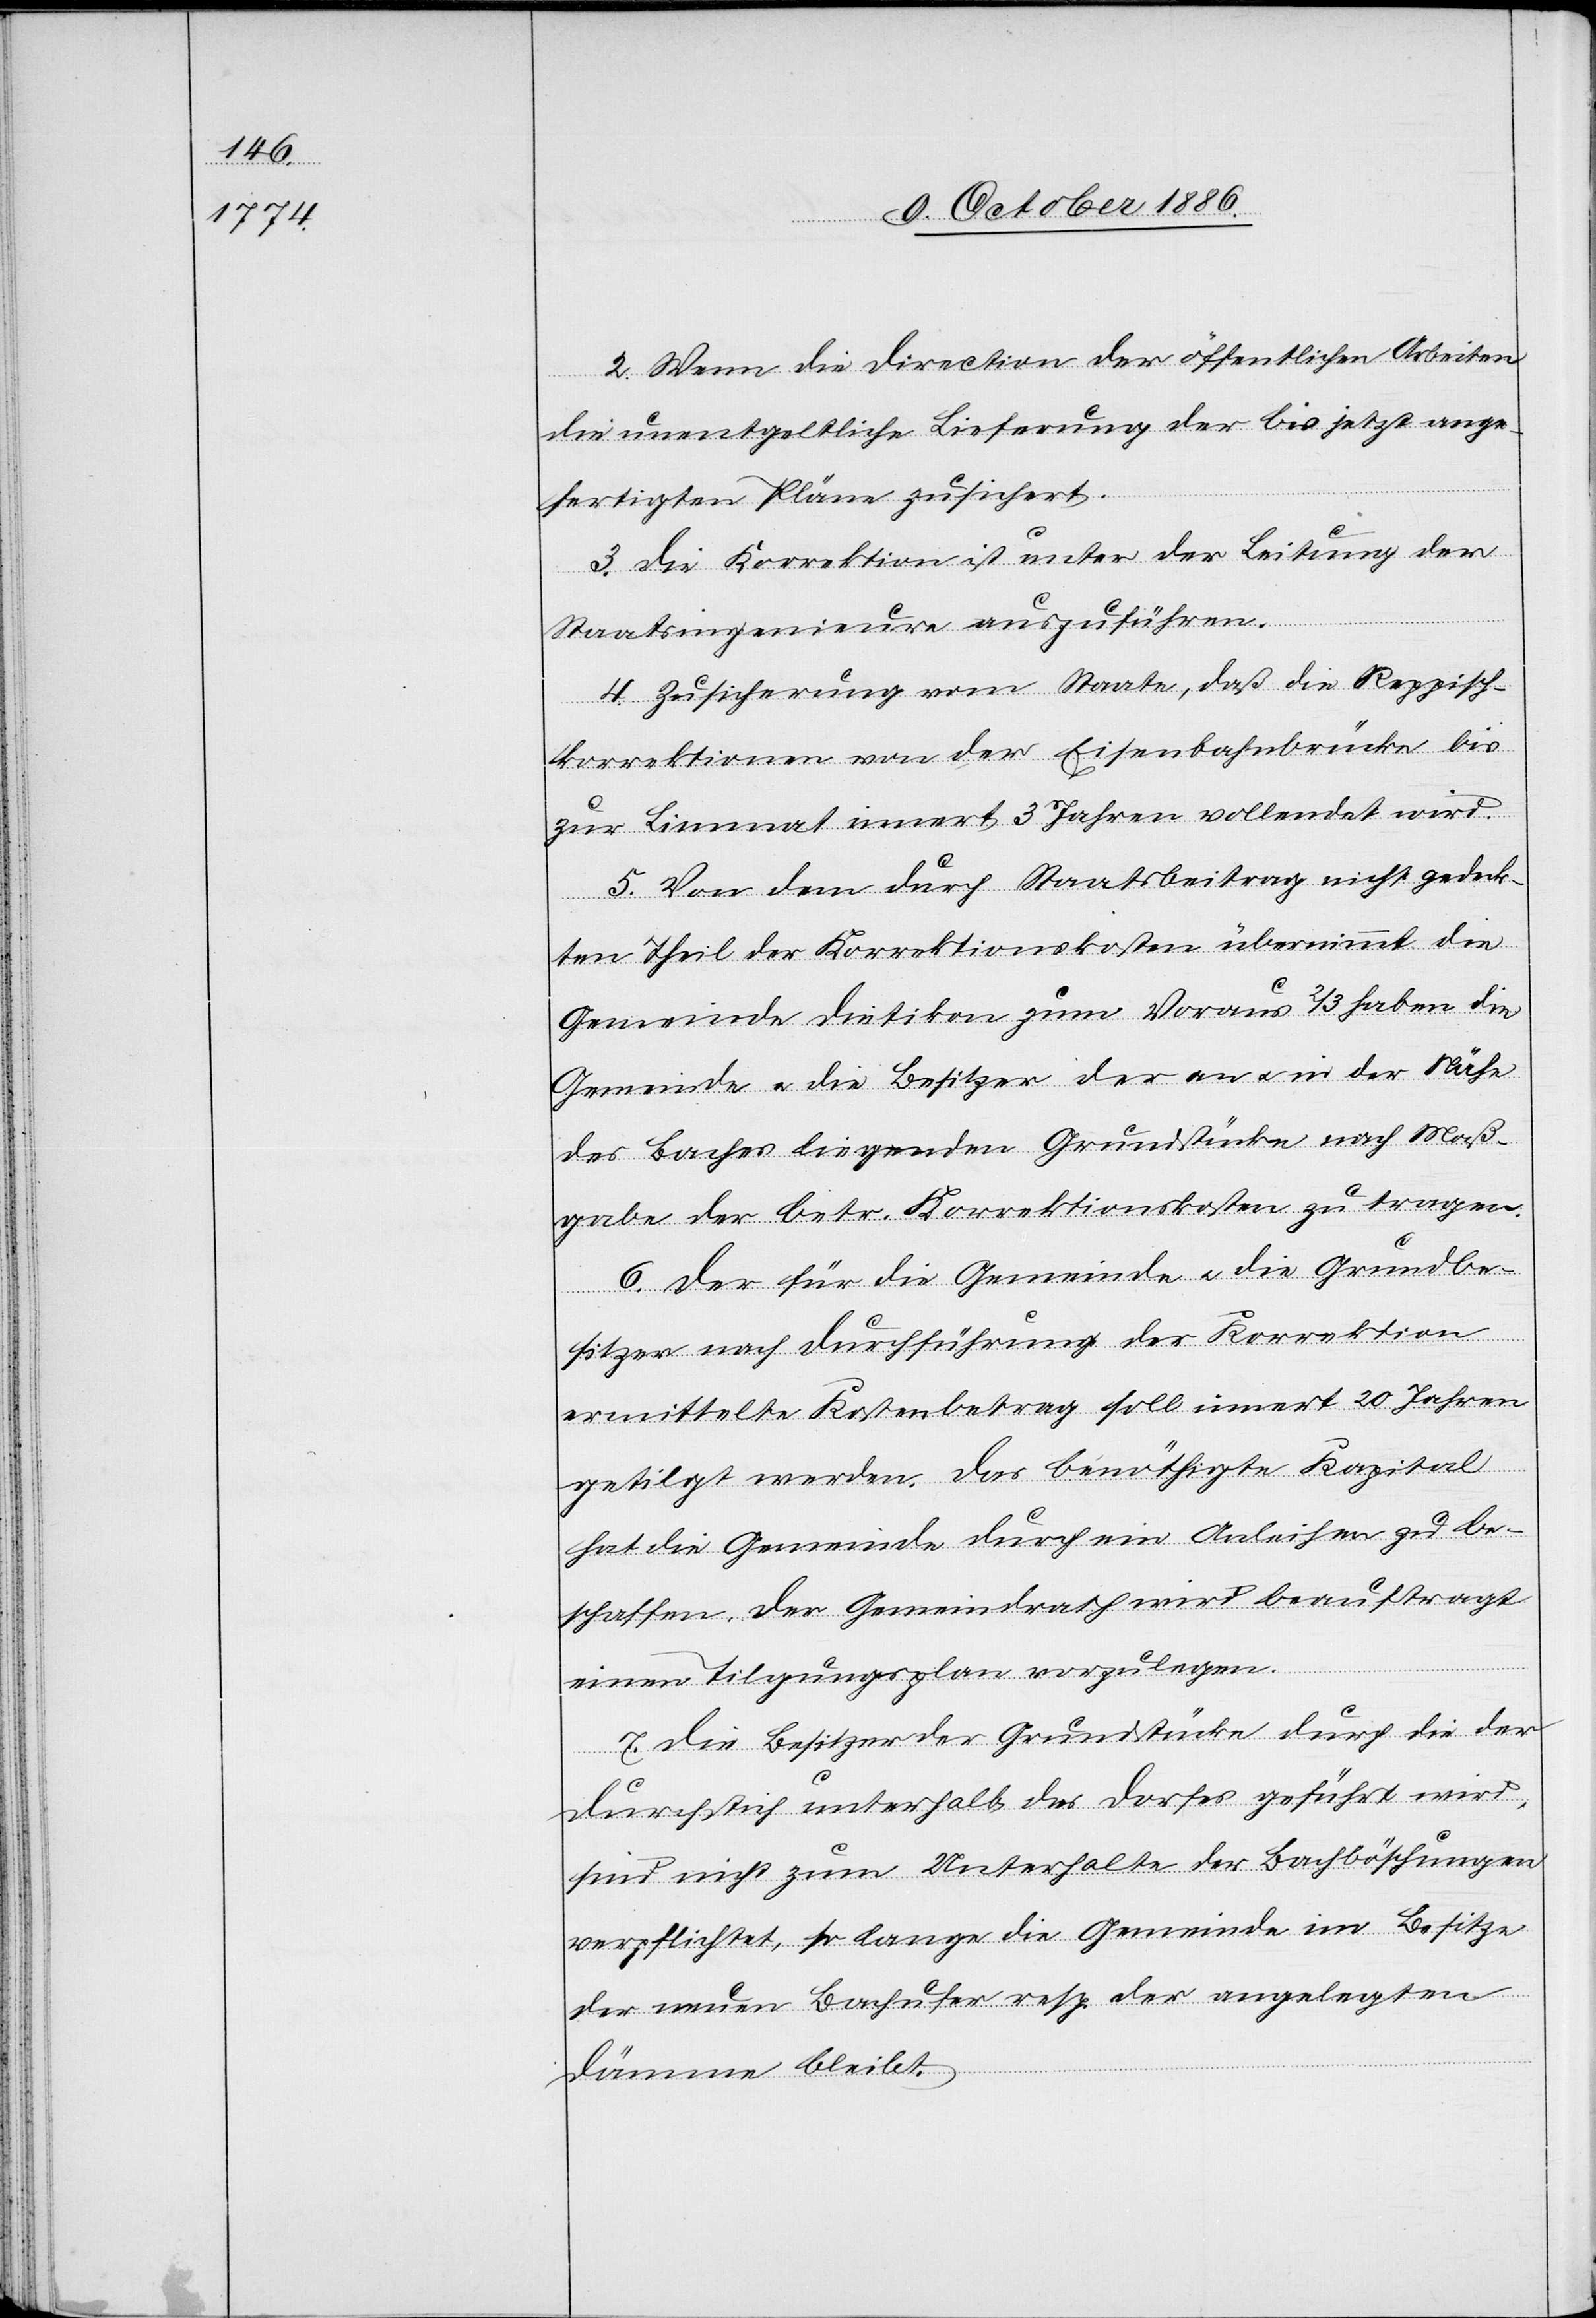
2. Wenn die Direction der öffentlichen Arbeiten
die unentgeltliche Lieferung der bis jetzt ange¬
fertigten Pläne zusichert.
3. Die Korrektion ist unter der Leitung der
Staatsingenieure auszuführen.
4. Zusicherung vom Staate, daß die Reppisch¬
korrektionen von der Eisenbahnbrücke bis
zur Limmat innert 3 Jahren vollendet wird
5. Von dem durch Staatsbeitrag nicht gedeck¬
ten Theil der Korrektionskosten übernimmt die
Gemeinde Dietikon zum Voraus 2/3 haben die
Gemeinde & die Besitzer der an & in der Nähe
des Baches liegenden Grundstücke nach Maß¬
gabe der betr. Korrektionskosten zu tragen
6. Der für die Gemeinde & die Grundbe¬
sitzer nach Durchführung der Korrektion
ermittelte Kostenbetrag soll innert 20 Jahren
getilgt werden. Das benöthigte Kapital
hat die Gemeinde durch ein Anleihen zu be¬
schaffen. Der Gemeindrath wird beauftragt
einen Tilgungsplan vorzulegen.
7. Die Besitzer der Grundstücke durch die der
Durchstich unterhalb des Dorfes geführt wird,
sind nicht zum Unterhalte der Bachböschungen
verpflichtet, so lange die Gemeinde im Besitze
der neuen Bachufer resp. der angelegten
Dämme bleibt.